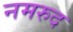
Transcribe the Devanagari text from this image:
नमरुद